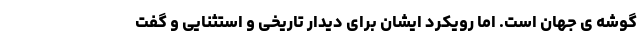
گوشه ی جهان است. اما رویکرد ایشان برای دیدار تاریخی و استثنایی و گفت